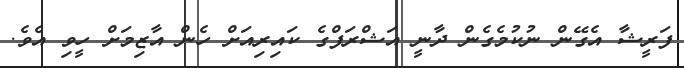
ފަރީޝާ އެގޭން ނުކުމެގެން ދާނީ އަޝްރަފްގެ ކައިރިއަށް ހެން އާޒިމަށް ހީވި އެވެ.